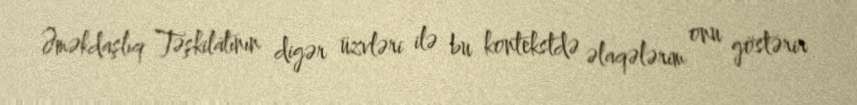
Əməkdaşlıq Təşkilatının digər üzvləri ilə bu kontekstdə əlaqələrim onu göstərir